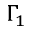
\Gamma _ { 1 }